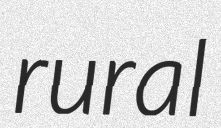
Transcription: rural